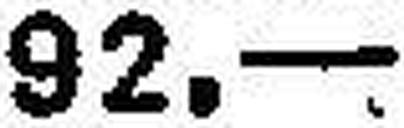
92.—